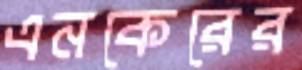
এনকেরের